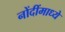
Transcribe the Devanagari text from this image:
नोंदींमाध्ये